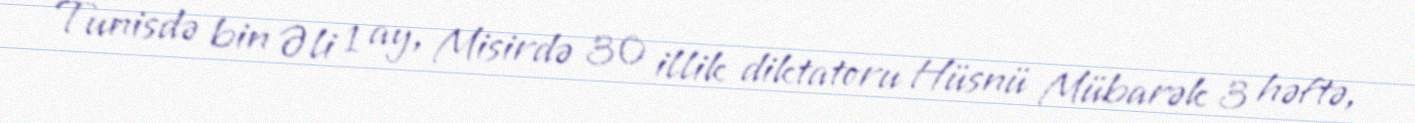
Tunisdə bin Əli 1 ay, Misirdə 30 illik diktatoru Hüsnü Mübarək 3 həftə,